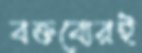
বক্তব্যেরই